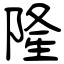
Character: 隆